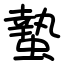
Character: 蟄